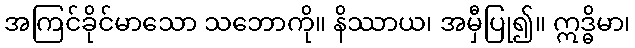
အကြင်ခိုင်မာသော သဘောကို။ နိဿာယ၊ အမှီပြု၍။ ဣဒ္ဓိမာ၊